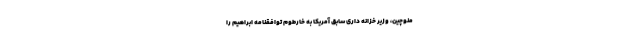
منوچین، وزیر خزانه داری سابق آمریکا به خارطوم توافقنامه ابراهیم را